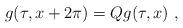
LaTeX: \begin{align*} g(\tau,x+2\pi) = Q g(\tau,x)~,\end{align*}